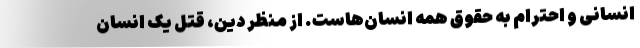
انسانی و احترام به حقوق همه انسان‌هاست. از منظر دین، قتل یک انسان